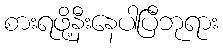
စားရဖို့နီးနေပါပြီဘုရား